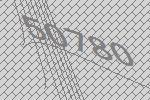
50780